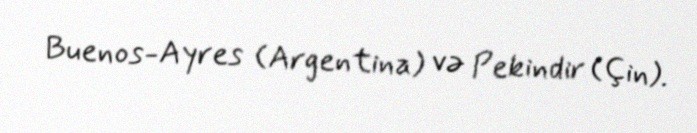
Buenos-Ayres (Argentina) və Pekindir (Çin).